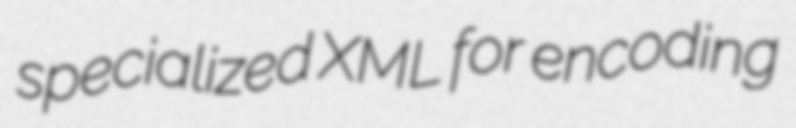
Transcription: specialized XML for encoding